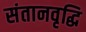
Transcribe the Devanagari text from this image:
संतानवृद्धि